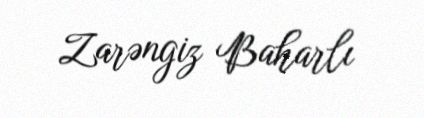
Zarəngiz Baharlı